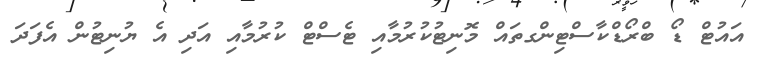
އައުޓް ޑޯ ބްރޯޑްކާސްޓިންގތައް މޮނިޓުކުރުމާއި ޓެސްޓް ކުރުމާއި އަދި އެ ޔުނިޓުން އެފަދަ